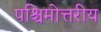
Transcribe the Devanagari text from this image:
पश्चिमोत्तरीय